Report of the Indian Hemp Drugs Commission, 1894-1895 - Volume V
Year: 1894
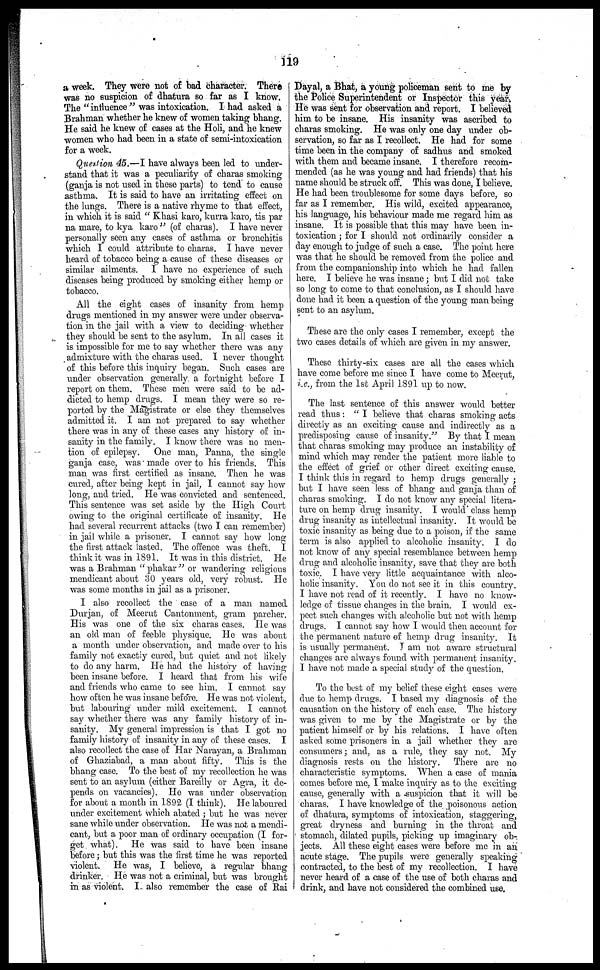
119
a week. They were not of bad character. There
was no suspicion of dhatura so far as I know.
The "influence" was intoxication. I had asked a
Brahman whether he knew of women taking bhang.
He said he knew of cases at the Holi, and he knew
women who had been in a state of semi-intoxication
for a week.
Question 45.—I have always been led to under-
stand that it was a peculiarity of charas smoking
(ganja is not used in these parts) to tend to cause
asthma. It is said to have an irritating effect on
the lungs. There is a native rhyme to that effect,
in which it is said " Khasi karo, kurra karo, tis par
na mare, to kya karo" (of charas). I have never
personally seen any cases of asthma or bronchitis
which I could attribute to charas. I have never
heard of tobacco being a cause of these diseases or
similar ailments. I have no experience of such
diseases being produced by smoking either hemp or
tobacco.
All the eight cases of insanity from hemp
drugs mentioned in my answer were under observa-
tion in the jail with a view to deciding whether
they should be sent to the asylum. In all cases it
is impossible for me to say whether there was any
admixture with the charas used. I never thought
of this before this inquiry began. Such cases are
under observation generally a fortnight before I
report on them. These men were said to be ad-
dicted to hemp drugs. I mean they were so re-
ported by the Magistrate or else they themselves
admitted it. I am not prepared to say whether
there was in any of these cases any history of in-
sanity in the family. I know there was no men-
tion of epilepsy. One man, Panna, the single
ganja case, was made over to his friends. This
man was first certified as insane. Then he was
cured, after being kept in jail, I cannot say how
long, and tried. He was convicted and sentenced.
This sentence was set aside by the High Court
owing to the original certificate of insanity. He
had several recurrent attacks (two I can remember)
in jail while a prisoner. I cannot say how long
the first attack lasted. The offence was theft. I
think it was in 1891. It was in this district. He
was a Brahman "phakar" or wandering religious
mendicant about 30 years old, very robust. He
was some months in jail as a prisoner.
I also recollect the case of a man named
Durjan, of Meerut Cantonment, gram parcher.
His was one of the six charas cases. He was
an old man of feeble physique. He was about
a month under observation, and made over to his
family not exactly cured, but quiet and not likely
to do any harm. He had the history of having
been insane before. I heard that from his wife
and friends who came to see him. I cannot say
how often he was insane before. He was not violent,
but labouring under mild excitement. I cannot
say whether there was any family history of in-
sanity. My general impression is that I got no
family history of insanity in any of these cases. I
also recollect the case of Har Narayan, a Brahman
of Ghaziabad, a man about fifty. This is the
bhang case. To the best of my recollection he was
sent to an asylum (either Bareilly or Agra, it de-
pends on vacancies). Ho was under observation
for about a month in 1892 (I think). He laboured
under excitement which abated ; but he was never
sane while under observation. He was not a mendi-
cant, but a poor man of ordinary occupation (I for-
get what). He was said to have been insane
before; but this was the first time he was reported
violent. He was, I believe, a regular bhang
drinker. He was not a criminal, but was brought
in as violent. I- also remember the case of Rai
Dayal, a Bhat, a young policeman sent to me by
the Police Superintendent or Inspector this year.
He was sent for observation and report. I believed
him to be insane. His insanity was ascribed to
charas smoking. He was only one day under ob-
servation, so far as I recollect. He had for some
time been in the company of sadhus and smoked
with them and became insane. I therefore recom-
mended (as he was young and had friends) that his
name should be struck off. This was done, I believe.
He had been troublesome for some days before, so
far as I remember. His wild, excited appearance,
his language, his behaviour made me regard him as
insane. It is possible that this may have been in-
toxication ; for I should not ordinarily consider a
day enough to judge of such a case. The point here
was that he should be removed from the police and
from the companionship into which he had fallen
here. I believe he was insane; but I did not take
so long to come to that conclusion, as I should have
done had it been a question of the young man being
sent to an asylum.
These are the only cases I remember, except the
two cases details of which are given in my answer.
These thirty-six cases are all the cases which
have come before me since I have come to Meerut,
i.e., from the 1st April 1891 up to now.
The last sentence of this answer would better
read thus : " I believe that charas smoking acts
directly as an exciting cause and indirectly as a
predisposing cause of insanity." By that I mean
that charas smoking may produce an instability of
mind which may render the patient more liable to
the effect of grief or other direct exciting cause.
I think this in regard to hemp drugs generally ;
but I have seen less of bhang and ganja than of
charas smoking. I do not know any special litera-
ture on hemp drug insanity. I would class hemp
drug insanity as intellectual insanity. It would be
toxic insanity as being due to a poison, if the same
term is also applied to alcoholic insanity. I do
not know of any special resemblance between hemp
drug and alcoholic insanity, save that they are both
toxic. I have very little acquaintance with alco-
holic insanity. You do not see it in this country.
I have not read of it recently. I have no know-
ledge of tissue changes in the brain. I would ex-
pect such changes with alcoholic but not with hemp
drugs. I cannot say how I would then account for
the permanent nature of hemp drug insanity. It
is usually permanent. I am not aware structural
changes are always found with permanent insanity.
I have not made a special study of the question.
To the best of my belief these eight cases were
due to hemp drugs. I based my diagnosis of the
causation on the history of each case. The history
was given to me by the Magistrate or by the
patient himself or by his relations. I have often
asked some prisoners in a jail whether they are
consumers; and, as a rule, they say not. My
diagnosis rests on the history. There are no
characteristic symptoms. When a case of mania
comes before me, I make inquiry as to the exciting
cause, generally with a suspicion that it will be
charas. I have knowledge of the poisonous action
of dhatura, symptoms of intoxication, staggering,
great dryness and burning in the throat and
stomach, dilated pupils, picking up imaginary ob-
jects. All these eight cases were before me in an
acute stage. The pupils were generally speaking
contracted, to the best of my recollection. I have
never heard of a case of the use of both charas and
drink, and have not considered the combined use.